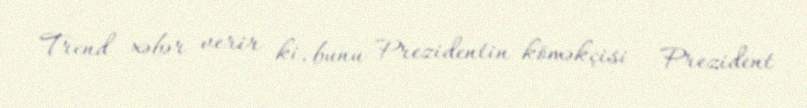
Trend xəbər verir ki, bunu Prezidentin köməkçisi – Prezident